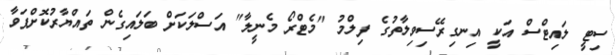
ސިޓީ ލައިޓްސް އަކީ އިނގިރޭސިވިލާތުގެ ފިލްމު "މެޓްރޯ މެނީލާ" އަސްލަކަށް ބަލައިގެން ތައްޔާރުކޮށްފަވާ